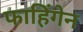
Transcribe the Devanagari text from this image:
फाहिंगेन